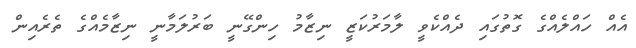
އެއް ހައްލެއްގެ ގޮތުގައި ދެއްކެވީ ލާމަރުކަޒީ ނިޒާމު ހިންގޭނީ ބަރުލަމާނީ ނިޒާމެއްގެ ތެރެއިން